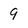
Character: 9